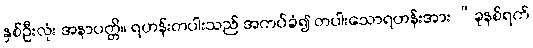
နှစ်ဦးလုံး အနာပတ္တိ။ ရဟန်းတပါးသည် အကပ်ခံ၍ တပါးသောရဟန်းအား “ခုနစ်ရက်